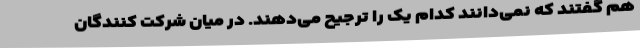
هم گفتند که نمی‌دانند کدام یک را ترجیح می‌دهند. در میان شرکت کنندگان